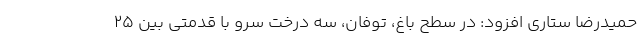
حمیدرضا ستاری افزود: در سطح باغ، توفان، سه درخت سرو با قدمتی بین ۲۵